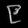
Digit: ၉